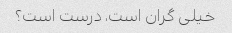
خیلی گران است، درست است؟